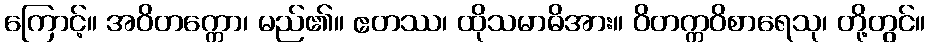
ကြောင့်။ အဝိတက္ကော၊ မည်၏။ ဧတဿ၊ ထိုသမာဓိအား။ ဝိတက္ကဝိစာရေသု၊ တို့တွင်။